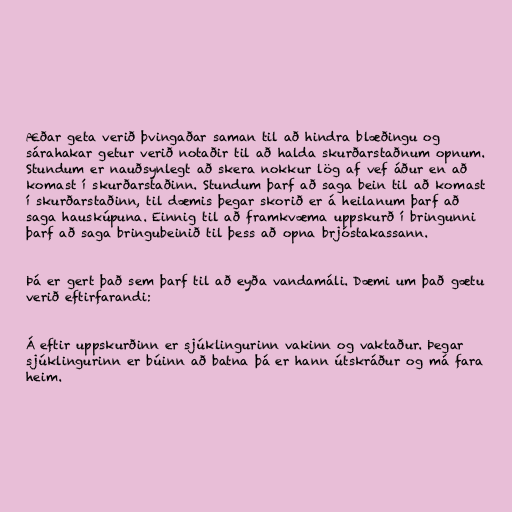
Æðar geta verið þvingaðar saman til að hindra blæðingu og
sárahakar getur verið notaðir til að halda skurðarstaðnum opnum.
Stundum er nauðsynlegt að skera nokkur lög af vef áður en að
komast í skurðarstaðinn. Stundum þarf að saga bein til að komast
í skurðarstaðinn, til dæmis þegar skorið er á heilanum þarf að
saga hauskúpuna. Einnig til að framkvæma uppskurð í bringunni
þarf að saga bringubeinið til þess að opna brjóstakassann.

Þá er gert það sem þarf til að eyða vandamáli. Dæmi um það gætu
verið eftirfarandi:

Á eftir uppskurðinn er sjúklingurinn vakinn og vaktaður. Þegar
sjúklingurinn er búinn að batna þá er hann útskráður og má fara
heim.